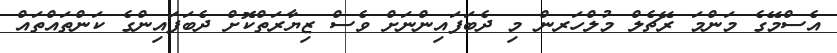
އެސްމޭގެ މަންމަ ރޭޗެލް މުލްހަރން މި ދެބަފައިންނަށް ވެސް ޒިޔާރަތްކޮށް ދެބަފައިންގެ ކަންތައްތައް